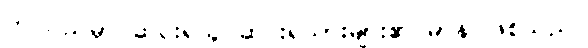
ဤသည်မှာ ဆင်းရဲသူ ဆင်းရဲသားများ၏ မာန ဖြစ်သည်။